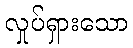
လှုပ်ရှားသော